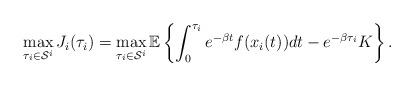
LaTeX: \begin{align*}\max_{\tau_i \in \mathcal{S}^{i}}{J}_i(\tau_i)=\max_{\tau_i \in \mathcal{S}^{i}}\mathbb{E}\left\{\int_0^{\tau_i} e^{-\beta t}f(x_i(t))dt-e^{-\beta\tau_i}K\right\}.\end{align*}